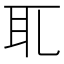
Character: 𦔮